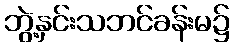
ဘွဲ့နှင်းသဘင်ခန်းမ၌